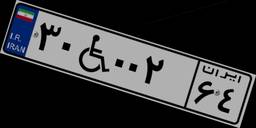
۱۴W۸۱۲۷۴